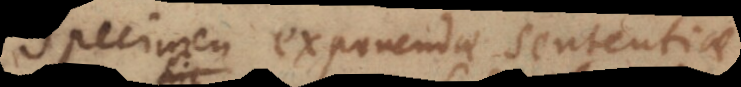
Specimen exponendae sententiae